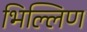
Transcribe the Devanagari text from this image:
भिल्लिण